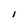
Character: I